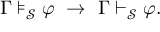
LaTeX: \Gamma \models _ { \mathcal { S } } \varphi \ \to \ \Gamma \vdash _ { \mathcal { S } } \varphi .